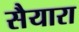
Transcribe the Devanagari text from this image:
सैयारा